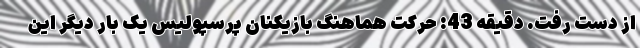
از دست رفت. دقیقه 43: حرکت هماهنگ بازیکنان پرسپولیس یک بار دیگر این